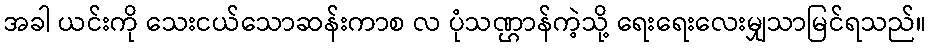
အခါ ယင်းကို သေးငယ်သောဆန်းကာစ လ ပုံသဏ္ဌာန်ကဲ့သို့ ရေးရေးလေးမျှသာမြင်ရသည်။